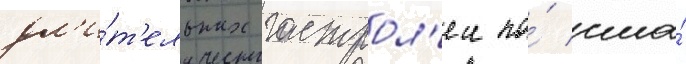
дл'и́т'ельных гастрол'еи по́ сша́